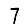
Digit: 7